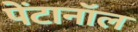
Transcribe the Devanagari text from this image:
पेंटानॉल